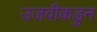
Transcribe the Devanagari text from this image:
उजवीकडुन